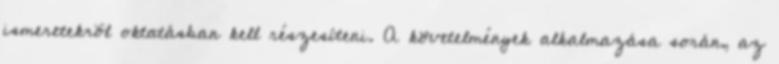
ismeretekrõl oktatásban kell részesíteni. A követelmények alkalmazása során, az